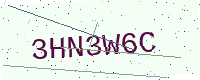
Text: 3HN3W6C